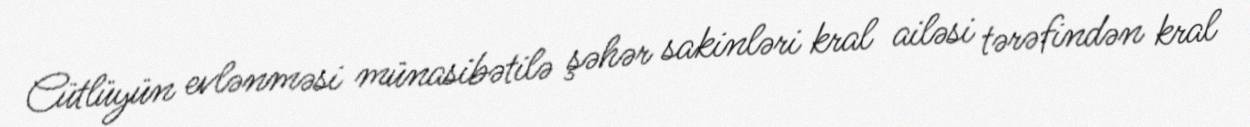
Cütlüyün evlənməsi münasibətilə şəhər sakinləri kral ailəsi tərəfindən kral